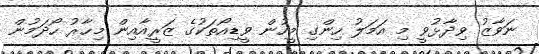
ނަވާޒު ވިދާޅުވީ މި އަމަލު ހިންގި މީހުން ވީޑިއޯތަކުގެ ޒަރީއާއިން މިހާރު ހޯދަމުން